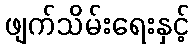
ဖျက်သိမ်းရေးနှင့်